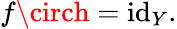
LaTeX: f\circh=\operatorname{i\mathrm{d}}_{Y}.